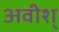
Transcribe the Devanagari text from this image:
अवीश्